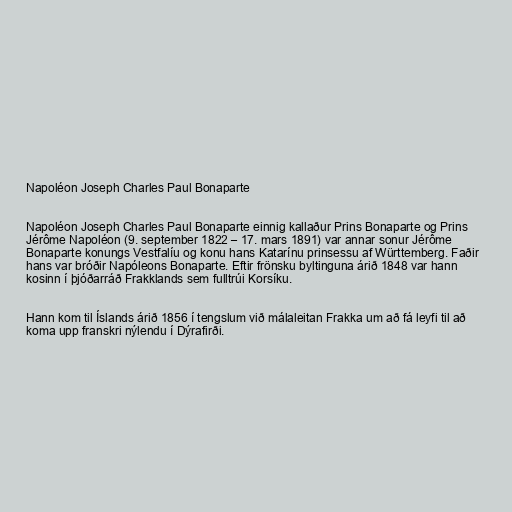
Napoléon Joseph Charles Paul Bonaparte

Napoléon Joseph Charles Paul Bonaparte einnig kallaður Prins Bonaparte og Prins
Jérôme Napoléon (9. september 1822 – 17. mars 1891) var annar sonur Jérôme
Bonaparte konungs Vestfalíu og konu hans Katarínu prinsessu af Württemberg. Faðir
hans var bróðir Napóleons Bonaparte. Eftir frönsku byltinguna árið 1848 var hann
kosinn í þjóðarráð Frakklands sem fulltrúi Korsíku.

Hann kom til Íslands árið 1856 í tengslum við málaleitan Frakka um að fá leyfi til að
koma upp franskri nýlendu í Dýrafirði.